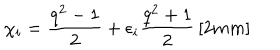
\chi _ { i } = \frac { q ^ { 2 } - 1 } { 2 } + \epsilon _ { i } \frac { q ^ { 2 } + 1 } { 2 } \, [ 2 m m ]